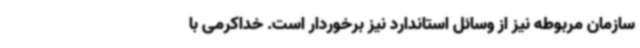
سازمان مربوطه نیز از وسائل استاندارد نیز برخوردار است. خداکرمی با